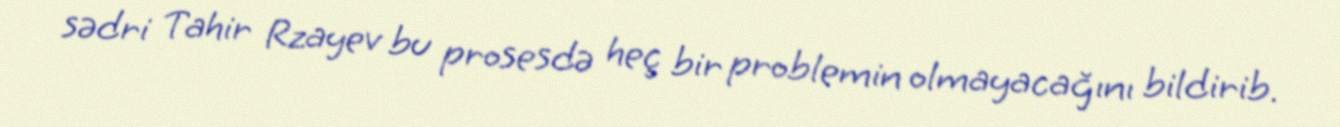
sədri Tahir Rzayev bu prosesdə heç bir problemin olmayacağını bildirib.